Report of the Bombay Plague Committee
Disease focus: Plague
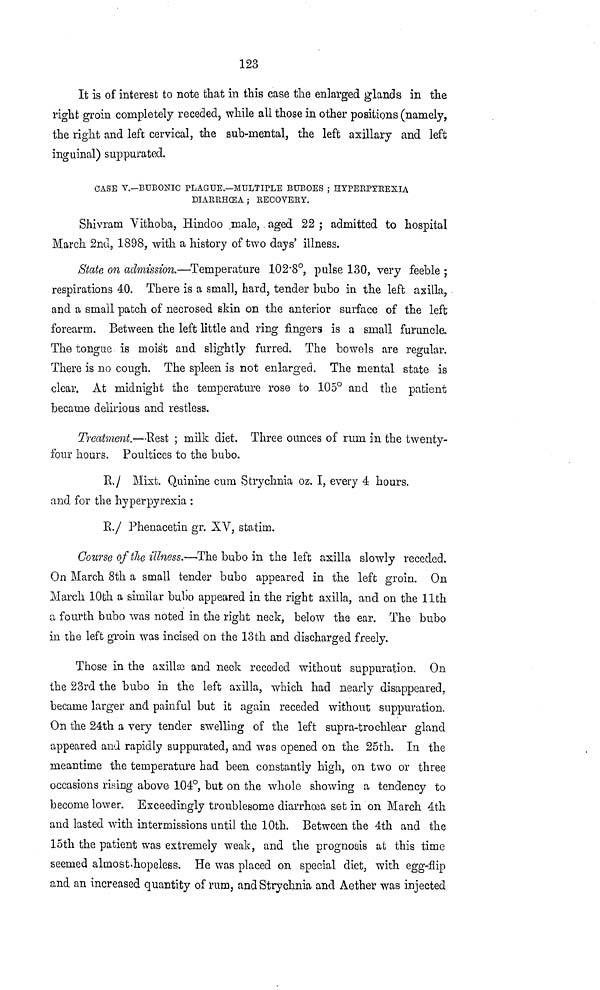
123
It is of interest to note that in this case the enlarged glands in the
right groin completely receded, while all those in other positions (namely,
the right and left cervical, the sub-mental, the left axillary and left
inguinal) suppurated.
CASE V.—BUBONIC PLAGUE.—MULTIPLE BUBOES ; HYPERPYREXIA
DIAEEHOEA ; RECOVERY.
Shivram Vithoba, Hindoo male, aged 22 ; admitted to hospital
March 2nd, 1898, with a history of two days' illness.
State on admission.—Temperature 102·8°, pulse 130, very feeble ;
respirations 40. There is a small, hard, tender bubo in the left axilla,
and a small patch of necrosed skin on the anterior surface of the left
forearm. Between the left little and ring fingers is a small furuncle.
The tongue is moist and slightly furred. The bowels are regular.
There is no cough. The spleen is not enlarged. The mental state is
clear. At midnight the temperature rose to 105° and the patient
became delirious and restless.
Treatment.—Rest ; milk diet. Three ounces of rum in the twenty-
four hours. Poultices to the bubo.
R/ Mixt. Quinine cum Strychnia oz. I, every 4 hours.
and for the hyperpyrexia :
R./ Phenacetin gr. XV, statim.
Course of the illness.—The bubo in the left axilla slowly receded.
On March 8th a small tender bubo appeared in the left groin. On
March 10th a similar bubo appeared in the right axilla, and on the 11th
a fourth bubo was noted in the right neck, below the ear. The bubo
in the left groin was incised on the 13th and discharged freely.
Those in the axillæ and neck receded without suppuration. On
the 23rd the bubo in the left axilla, which had nearly disappeared,
became larger and painful but it again receded without suppuration.
On the 24th a very tender swelling of the left supra-trochlear gland
appeared and rapidly suppurated, and was opened on the 25th. In the
meantime the temperature had been constantly high, on two or three
occasions rising above 104°, but on the whole showing a tendency to
become lower. Exceedingly troublesome diarrhœa set in on March 4th
and lasted with, intermissions until the 10th. Between the 4th and the
15th the patient was extremely weak, and the prognosis at this time
seemed almost hopeless. He was placed on special diet, with egg-flip
and an increased quantity of rum, and Strychnia and Aether was injected